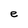
Character: e